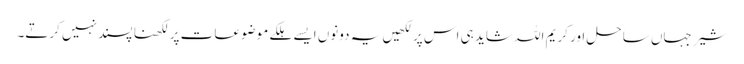
شیر جہاں ساحل اور کریم اللہ شاید ہی اس پر لکھیں یہ دونوں ایسے ہلکے موضوعات پر لکھنا پسند نہیں کرتے۔